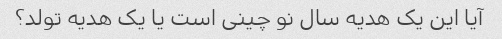
آیا این یک هدیه سال نو چینی است یا یک هدیه تولد؟